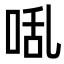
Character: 𭈅